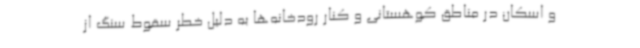
و اسکان در مناطق کوهستانی و کنار رودخانه‌ها به دلیل خطر سقوط سنگ از